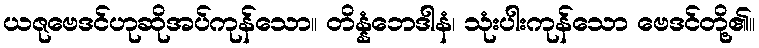
ယဇုဗေဒင်ဟုဆိုအပ်ကုန်သော။ တိန္နံဘေဒါနံ၊ သုံးပါးကုန်သော ဗေဒင်တို့၏။